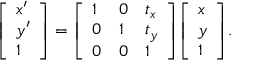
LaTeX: { \left[ \begin{array} { l } { x ^ { \prime } } \\ { y ^ { \prime } } \\ { 1 } \end{array} \right] } = { \left[ \begin{array} { l l l } { 1 } & { 0 } & { t _ { x } } \\ { 0 } & { 1 } & { t _ { y } } \\ { 0 } & { 0 } & { 1 } \end{array} \right] } { \left[ \begin{array} { l } { x } \\ { y } \\ { 1 } \end{array} \right] } .